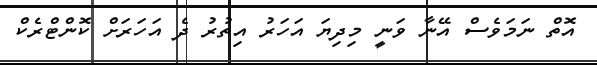
އޮތް ނަމަވެސް އޭނާ ވަނީ މިދިޔަ އަހަރު އިތުރު ދެ އަހަރަށް ކޮންޓްރެކް